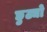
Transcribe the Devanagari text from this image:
छुट्यो